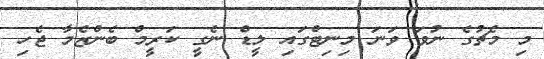
މި މެޗުގެ ނުވަ ވަނަ މިނިޓްގައި ލީޑް ނެގީ ކަރީމް ބެންޒެމާ ޖެހި